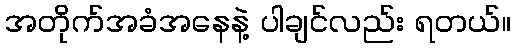
အတိုက်အခံအနေနဲ့ ပါချင်လည်း ရတယ်။